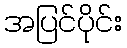
အပြင်ပိုင်း